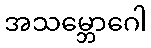
အသမ္ဘောဂေါ